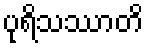
ပုရိသဿာတိ